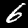
Label: 6